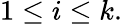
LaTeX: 1\leq i\leq k.